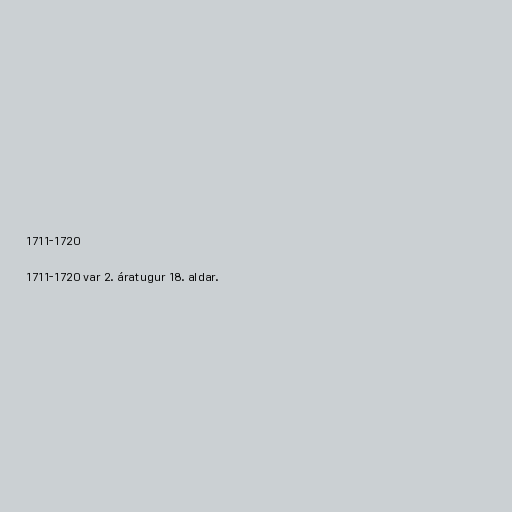
1711-1720

1711-1720 var 2. áratugur 18. aldar.